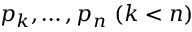
p _ { k } , \ldots , p _ { n } \ ( k < n )